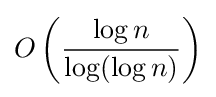
O\left({\frac {\log n}{\log(\log n)}}\right)